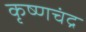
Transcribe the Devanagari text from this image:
कृष्‍णचंद्र